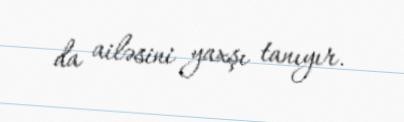
da ailəsini yaxşı tanıyır.